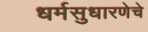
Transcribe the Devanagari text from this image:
धर्मसुधारणेचे